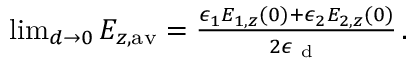
\begin{array} { r } { \operatorname* { l i m } _ { d \rightarrow 0 } E _ { z , \mathrm { a v } } = \frac { \epsilon _ { 1 } E _ { 1 , z } ( 0 ) + \epsilon _ { 2 } E _ { 2 , z } ( 0 ) } { 2 \epsilon _ { \mathrm { ~ d ~ } } } \, . } \end{array}